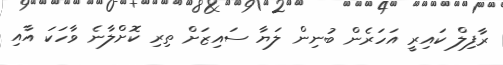
ރާފިލް ކައިރީ އަހަރެން ބުނިން ލަޔާ ސައިޒަށް ތިރި ކޮށްލާނެ ވާހަކަ އާއި